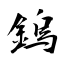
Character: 鎢